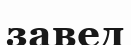
завед